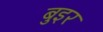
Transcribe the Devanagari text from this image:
बुइर